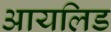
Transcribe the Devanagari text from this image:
आयलिड